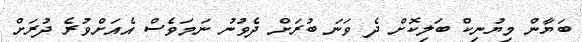
ބަޔާން މިޔުނިކް ބަލިކޮށް ދެ ވަނަ ބުރަށް ދެވުނު ނަމަވެސް އެއަށްވުރެ ދުރަށް